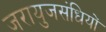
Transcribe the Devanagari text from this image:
जरायुजसंधियों